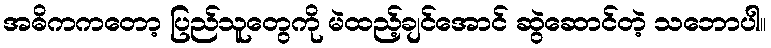
အဓိကကတော့ ပြည်သူတွေကို မဲထည့်ချင်အောင် ဆွဲဆောင်တဲ့ သဘောပါ။